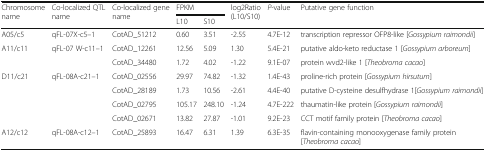
| <ROWSPAN=2> Chromosome name | <ROWSPAN=2> Co-localized QTL name | <ROWSPAN=2> Co-localized gene name | <COLSPAN=2> FPKM | <ROWSPAN=2> log2Ratio (L10/S10) | <ROWSPAN=2> P-value | <ROWSPAN=2> Putative gene function |
 | L10 | S10 |
 | --- | --- | --- | --- | --- | --- | --- | --- |
 | A05/c5 | qFL-07X-c5–1 | CotAD_51212 | 0.60 | 3.51 | -2.55 | 4.7E-12 | transcription repressor OFP8-like [Gossypium raimondii] |
 | <ROWSPAN=2> A11/c11 | <ROWSPAN=2> qFL-07 W-c11–1 | CotAD_12261 | 12.56 | 5.09 | 1.30 | 5.4E-21 | putative aldo-keto reductase 1 [Gossypium arboreum] |
 | CotAD_34480 | 1.72 | 4.02 | -1.22 | 9.1E-07 | protein wvd2-like 1 [Theobroma cacao] |
 | <ROWSPAN=4> D11/c21 | <ROWSPAN=4> qFL-08A-c21–1 | CotAD_02556 | 29.97 | 74.82 | -1.32 | 1.4E-43 | proline-rich protein [Gossypium hirsutum] |
 | CotAD_28189 | 1.73 | 10.56 | -2.61 | 4.4E-40 | putative D-cysteine desulfhydrase 1[Gossypium raimondii] |
 | CotAD_02795 | 105.17 | 248.10 | -1.24 | 4.7E-222 | thaumatin-like protein [Gossypium raimondii] |
 | CotAD_02671 | 13.82 | 27.87 | -1.01 | 9.2E-23 | CCT motif family protein [Theobroma cacao] |
 | A12/c12 | qFL-08A-c12–1 | CotAD_25893 | 16.47 | 6.31 | 1.39 | 6.3E-35 | flavin-containing monooxygenase family protein [Theobroma cacao] |